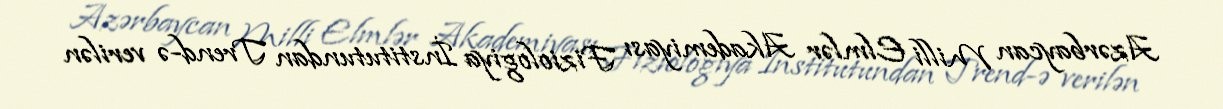
Azərbaycan Milli Elmlər Akademiyası Fiziologiya İnstitutundan Trend-ə verilən